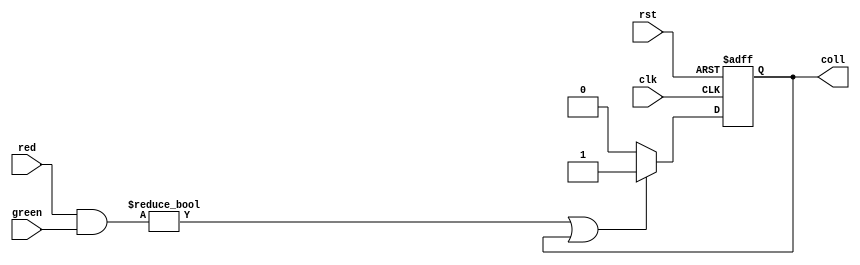
module  	collision(clk, rst, red, green, coll);
	input clk, rst;
	input		[7:0]red, green;
	output reg 	coll;
	wire temp;
	
	assign temp = ((red & green) != 8'b0) || coll ? 1 : 0;
	
	always@(posedge clk or posedge rst)begin
		if (rst)
			coll <= 1'b0;
		else 	
			coll <= temp;
	end
endmodule